Indian Civil Veterinary Department memoirs
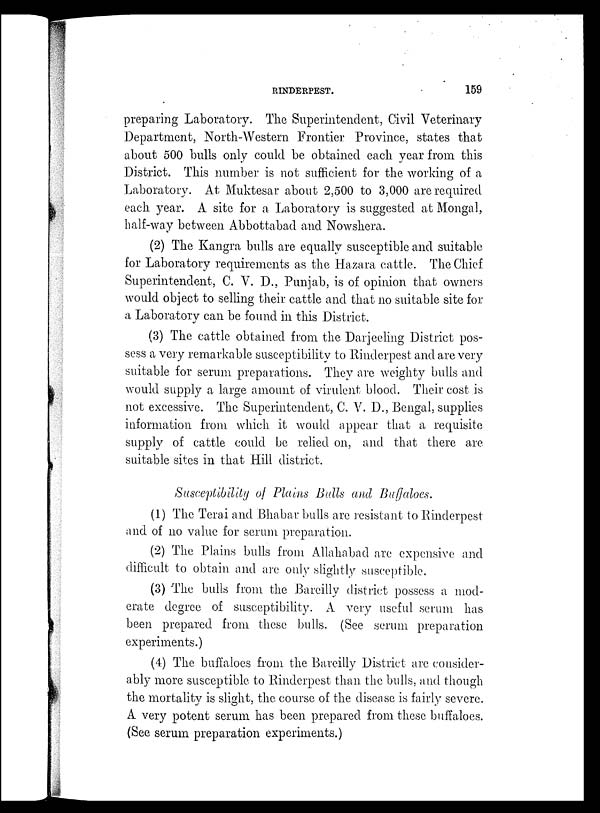
RINDERPEST.
159
preparing Laboratory. The Superintendent, Civil Veterinary
Department, North-Western Frontier Province, states that
about 500 bulls only could be obtained each year from this
District. This number is not sufficient for the working of a
Laboratory. At Muktesar about 2,500 to 3,000 are required
each year. A site for a Laboratory is suggested at Mongal,
half-way between Abbottabad and Nowshera.
(2) The Kangra bulls are equally susceptible and suitable
for Laboratory requirements as the Hazara cattle. The Chief
Superintendent, C. V. D., Punjab, is of opinion that owners
would object to selling their cattle and that no suitable site for
a Laboratory can be found in this District.
(3) The cattle obtained from the Darjeeling District pos-
sess a very remarkable susceptibility to Rinderpest and are very
suitable for serum preparations. They are weighty bulls and
would supply a large amount of virulent blood. Their cost is
not excessive. The Superintendent, C. V. D., Bengal, supplies
information from which it would appear that a requisite
supply of cattle could be relied on, and that there are
suitable sites in that Hill district.
Susceptibility of Plains Bulls and Buffaloes.
(1) The Terai and Bhabar bulls are resistant to Rinderpest
and of no value for serum preparation.
(2) The Plains bulls from Allahabad are expensive and
difficult to obtain and are only slightly susceptible.
(3) The bulls from the Bareilly district possess a mod-
erate degree of susceptibility. A very useful serum has
been prepared from these bulls. (See serum preparation
experiments.)
(4) The buffaloes from the Bareilly District are consider-
ably more susceptible to Rinderpest than the bulls, and though
the mortality is slight, the course of the disease is fairly severe.
A very potent serum has been prepared from these buffaloes.
(See serum preparation experiments.)